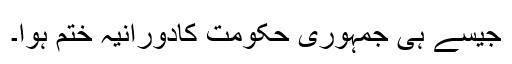
جیسے ہی جمہوری حکومت کادورانیہ ختم ہوا۔